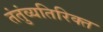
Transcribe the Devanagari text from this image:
तंतुंव्यतिरिक्त